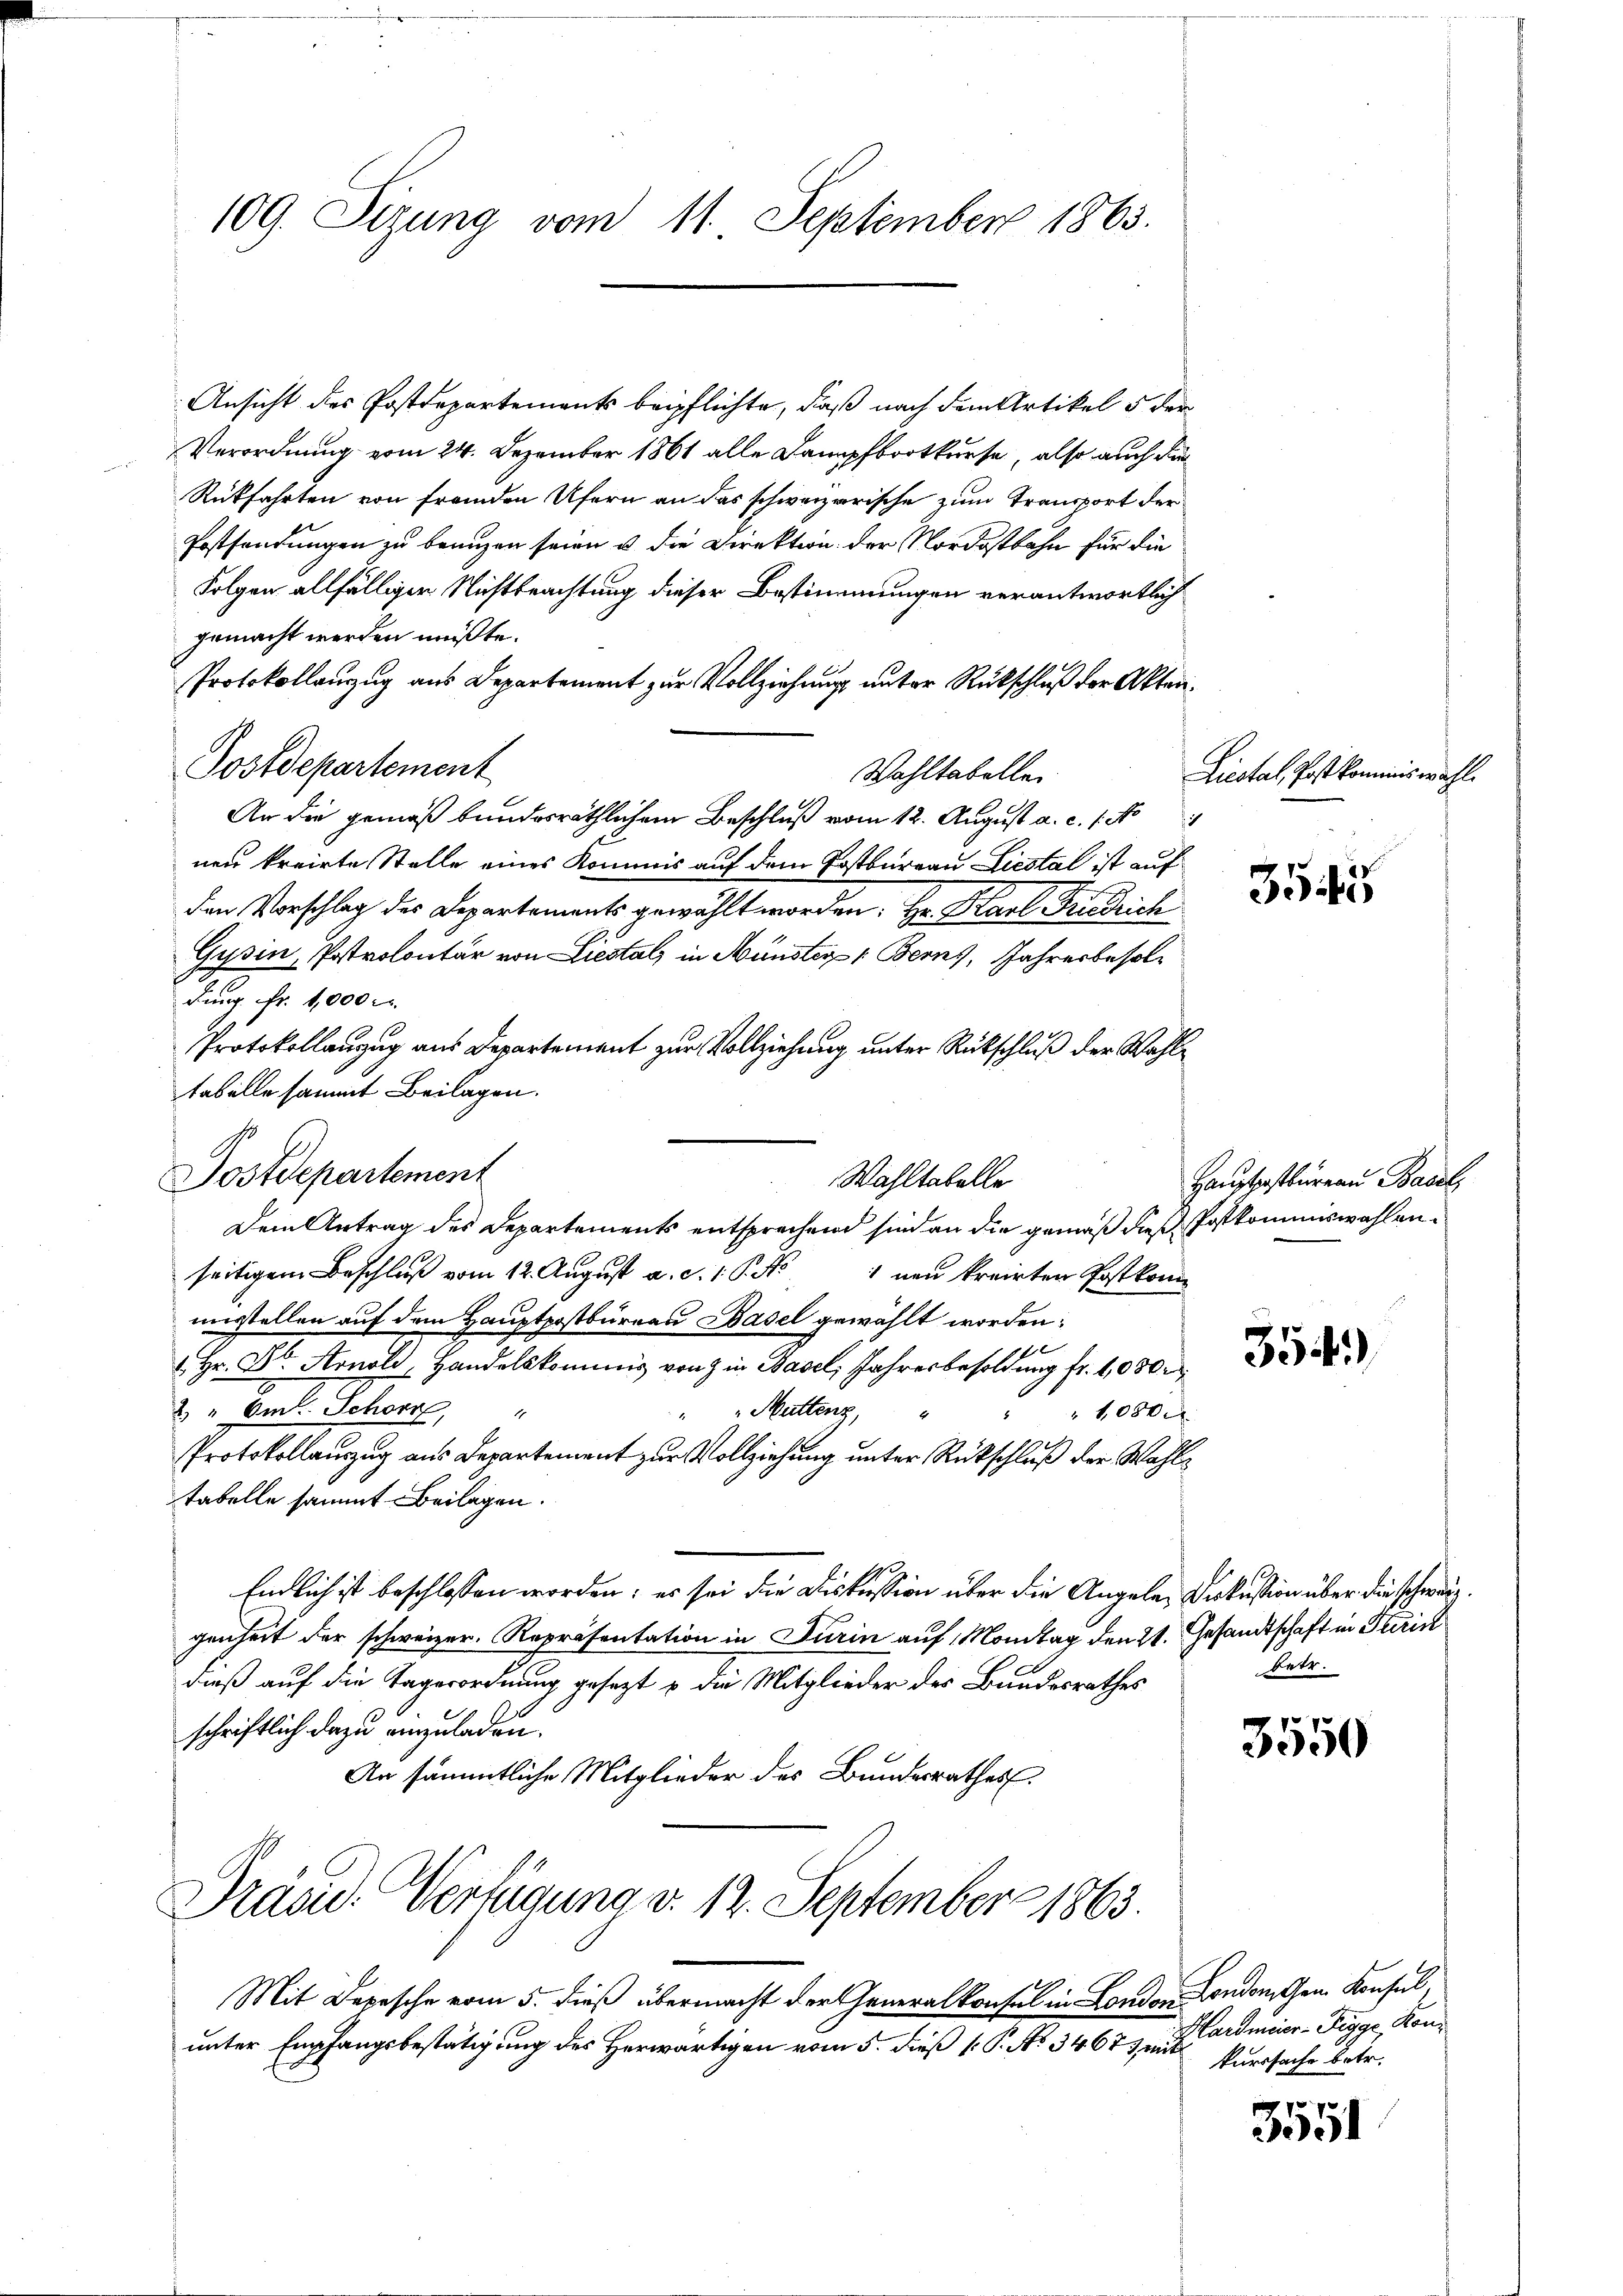
109. Sizung vom 11. September 1863.

Ansicht des Postdepartements beipflichte, daß nach dem Artikel 5 der
Verordnung vom 24. Dezember 1861 alle Dampfbootkurse, also auch die
Rückfahrten von fremden Ufern an das schweizerische zum Transport der
Postsendungen zu benuzen seien u. die Direktion der Nordostbahn für die
Folgen allfälliger Nichtbeachtung dieser Bestimmungen verantwortlich
gemacht werden müßte.
Protokollanzug aus Departement zur Vollziehung unter Rückschluß der Akten¬
Postdepartement
Wahltabelle
An die gemäß bundesräthlichem Beschluß vom 12. August a. c. 1. No
nen kreirte Stelle eines Kommis auf dem Postbureau Liestal ist auf
den Vorschlag des Departements gewählt worden, Hr. Karl Friedrich
Gysin, Postrolontär von Liestal, in Münster Berns, Jahresbesol¬
Aug Fr. 4000
Protokollanzug aus Departement zur Vollziehung unter Rückschluß der Wahltabelle sammt Beilagen.
Dem Antrag des Departements entsprechend sind an die gemäß diese Postkommiswahlenseitigem Beschluß vom 12. August a. c. 1 S. 1 neu kreirten Postkom
musstellen auf dem Hauptpostbüreau Basel gewählt worden;
 Hr. Dr. Arnold, Handelskommis von in Basel, Jahresbesoldung fr. 1,000 r
2) " Om. Schorn, "
" " Muttenz, "
 1080 d
Protokollauszug aus Departement zur Vollziehung unter Rückschluß der Wahltabelle sammt Beilagen.
Endlich ist beschlossen worden; es sei die Diskussion über die Angelen Diskussion über die schweiz.
genheit der schweizer. Repräsentation in Turin auf Montag denkt. Gesandtschaft in Turin
dieß auf die Tagerordnung gesezt u die Mitglieder des Bundesrathes
schriftlich dazu anzuladen.
An sämmtliche Mitglieder des Bundesrathes
Präsid. Verfügung d. 12. September 1863.
Mit Depesche vom 5. dieß übermacht der Generalkonsul in London London gen. Konsul
unter Empfangsbestätigung des Herwärtigen vom 5. dieß ( P. No 34673 mit

Postdepartement

Wahltabelle

Liestal, Post kommiswahl.

355

Haustpastbureau Basel

354)

betr.

3550

3551

Hardmeier-Gegge, Konkurssache betr.